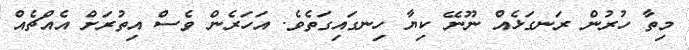
މިތާ ހުރުން ރަނގަޅެއް ނޫނޭ ކިޔާ ހިނގައިގަތެވެ. އަހަރެން ވެސް އިތުރަށް އެއްޗެއް